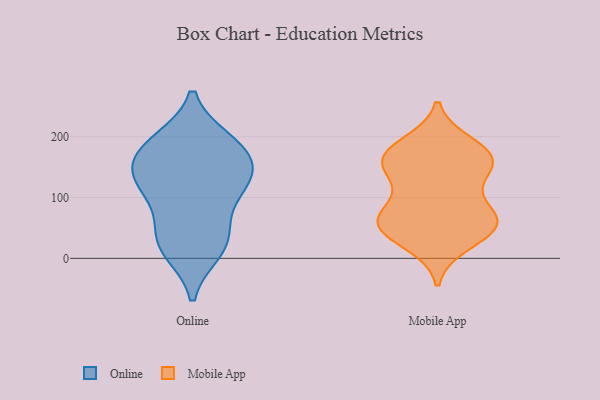
{"axis": {"x": "Headcount", "y": "Value"}, "legend": ["Mobile App", "Online"], "data": [{"x": "", "y": 13, "type": "Online"}, {"x": "", "y": 55, "type": "Online"}, {"x": "", "y": 26, "type": "Online"}, {"x": "", "y": 127, "type": "Online"}, {"x": "", "y": 192, "type": "Online"}, {"x": "", "y": 166, "type": "Online"}, {"x": "", "y": 150, "type": "Online"}, {"x": "", "y": 125, "type": "Online"}, {"x": "", "y": 190, "type": "Online"}, {"x": "", "y": 180, "type": "Online"}, {"x": "", "y": 102, "type": "Online"}, {"x": "", "y": 24, "type": "Online"}, {"x": "", "y": 127, "type": "Online"}, {"x": "", "y": 65, "type": "Mobile App"}, {"x": "", "y": 56, "type": "Mobile App"}, {"x": "", "y": 169, "type": "Mobile App"}, {"x": "", "y": 48, "type": "Mobile App"}, {"x": "", "y": 161, "type": "Mobile App"}, {"x": "", "y": 151, "type": "Mobile App"}, {"x": "", "y": 167, "type": "Mobile App"}, {"x": "", "y": 72, "type": "Mobile App"}, {"x": "", "y": 186, "type": "Mobile App"}, {"x": "", "y": 62, "type": "Mobile App"}, {"x": "", "y": 119, "type": "Mobile App"}, {"x": "", "y": 57, "type": "Mobile App"}, {"x": "", "y": 158, "type": "Mobile App"}, {"x": "", "y": 26, "type": "Mobile App"}]}